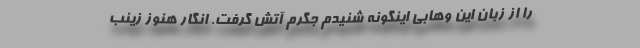
را از زبان این وهابی اینگونه شنیدم جگرم آتش گرفت. انگار هنوز زینب